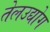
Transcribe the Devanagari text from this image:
तेलउद्योग